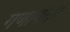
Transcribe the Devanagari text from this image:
गणानंतर